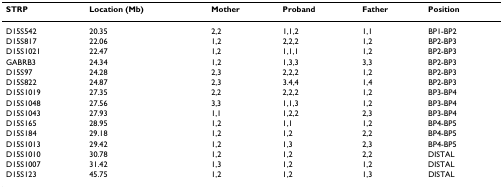
<table><thead><tr><td><b>STRP</b></td><td><b>Location (Mb)</b></td><td><b>Mother</b></td><td><b>Proband</b></td><td><b>Father</b></td><td><b>Position</b></td></tr></thead><tbody><tr><td>D15S542</td><td>20.35</td><td>2,2</td><td>1,1,2</td><td>1,1</td><td>BP1-BP2</td></tr><tr><td>D15S817</td><td>22.06</td><td>1,2</td><td>2,2,2</td><td>1,2</td><td>BP2-BP3</td></tr><tr><td>D15S1021</td><td>22.47</td><td>1,2</td><td>1,1,1</td><td>1,2</td><td>BP2-BP3</td></tr><tr><td>GABRB3</td><td>24.34</td><td>1,2</td><td>1,3,3</td><td>3,3</td><td>BP2-BP3</td></tr><tr><td>D15S97</td><td>24.28</td><td>2,3</td><td>2,2,2</td><td>1,2</td><td>BP2-BP3</td></tr><tr><td>D15S822</td><td>24.87</td><td>2,3</td><td>3.4,4</td><td>1,4</td><td>BP2-BP3</td></tr><tr><td>D15S1019</td><td>27.35</td><td>2,2</td><td>2,2,2</td><td>1,2</td><td>BP3-BP4</td></tr><tr><td>D15S1048</td><td>27.56</td><td>3,3</td><td>1,1,3</td><td>1,2</td><td>BP3-BP4</td></tr><tr><td>D15S1043</td><td>27.93</td><td>1,1</td><td>1,2,2</td><td>2,3</td><td>BP3-BP4</td></tr><tr><td>D15S165</td><td>28.95</td><td>1,2</td><td>1,1</td><td>1,2</td><td>BP4-BP5</td></tr><tr><td>D15S184</td><td>29.18</td><td>1,2</td><td>1,2</td><td>2,2</td><td>BP4-BP5</td></tr><tr><td>D15S1013</td><td>29.42</td><td>1,2</td><td>1,3</td><td>2,3</td><td>BP4-BP5</td></tr><tr><td>D15S1010</td><td>30.78</td><td>1,2</td><td>1,2</td><td>2,2</td><td>DISTAL</td></tr><tr><td>D15S1007</td><td>31.42</td><td>1,3</td><td>1,2</td><td>1,2</td><td>DISTAL</td></tr><tr><td>D15S123</td><td>45.75</td><td>1,2</td><td>1,2</td><td>1,3</td><td>DISTAL</td></tr></tbody></table>